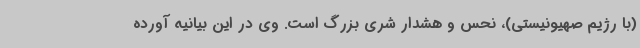
(با رژیم صهیونیستی)، نحس و هشدار شری بزرگ است. وی در این بیانیه آورده